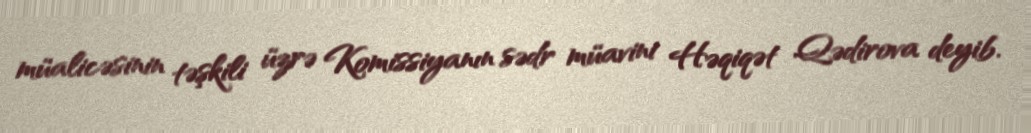
müalicəsinin təşkili üzrə Komissiyanın sədr müavini Həqiqət Qədirova deyib.